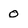
Character: O